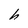
Character: h